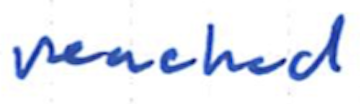
Text: reached
Cross-out: clean
Writing tool: ballpoint